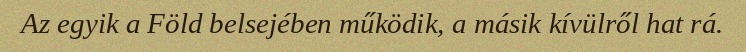
Az egyik a Föld belsejében működik, a másik kívülről hat rá.